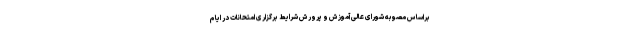
براساس مصوبه شورای عالی آموزش و پرورش شرایط برگزاری امتحانات در ایام